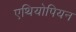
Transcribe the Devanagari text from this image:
एथियोपियन